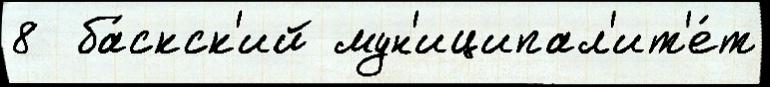
8  ба́скск'ий мун'иципал'ит'е́т